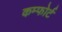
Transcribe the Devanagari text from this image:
कम्फोर्ट